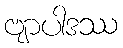
ဗျာပါဒဿ